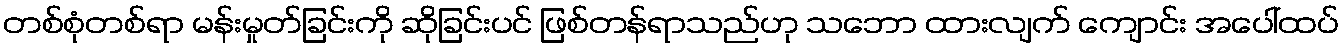
တစ်စုံတစ်ရာ မန်းမှုတ်ခြင်းကို ဆိုခြင်းပင် ဖြစ်တန်ရာသည်ဟု သဘော ထားလျက် ကျောင်း အပေါ်ထပ်